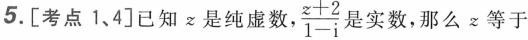
5.[考点1、4]已知z是纯虚数， \frac{z+2}{1-i} 是实数，那么z等于